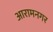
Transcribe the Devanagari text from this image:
आरामनगर